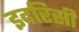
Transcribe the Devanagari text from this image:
इदरिसी